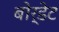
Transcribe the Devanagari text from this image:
बोर्डेट